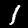
Label: 1